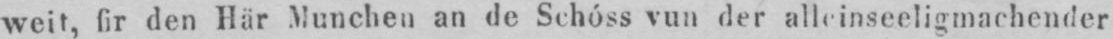
weit, fir den Här Munchen an de Schóss vun der alleinseeligmachender